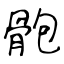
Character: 骲